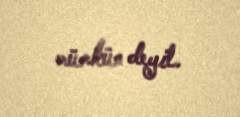
mümkün deyil.